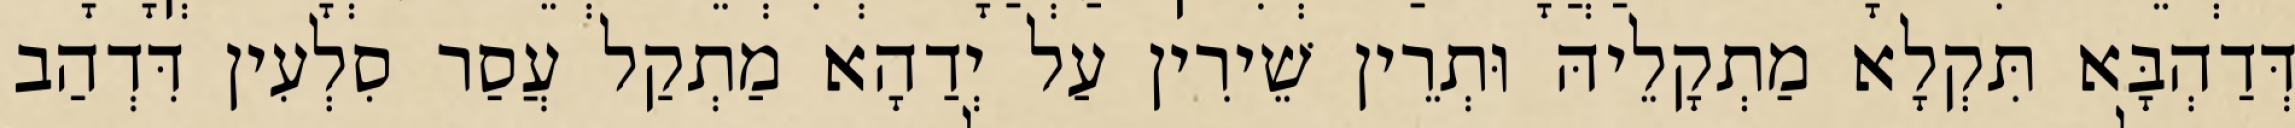
דְּדַהְבָּא תִּקְלָא מַתְקָלֵיהּ וּתְרֵין שֵׁירִין עַל יְדַהָא מַתְקַל עֲסַר סִלְעִין דִּדְהַב